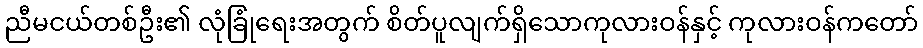
ညီမငယ်တစ်ဦး၏ လုံခြုံရေးအတွက် စိတ်ပူလျက်ရှိသောကုလားဝန်နှင့် ကုလားဝန်ကတော်